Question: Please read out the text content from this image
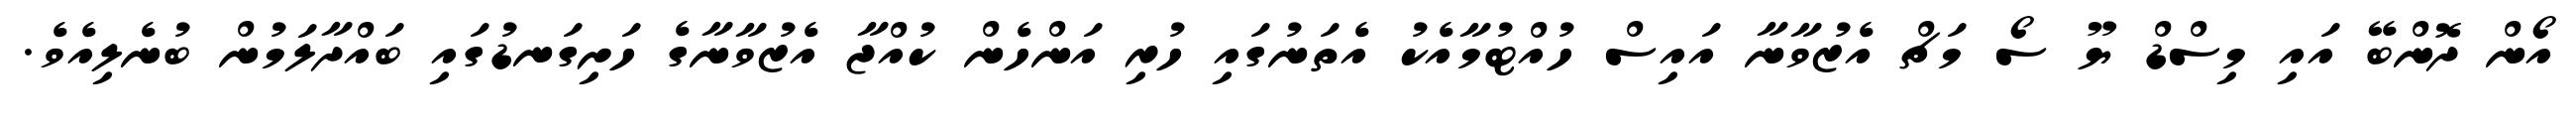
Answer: އޯން ދޮންބޭ އައި މިސްޑް ޔޫ ސޯ މަޗް އެޒުވާނާ އައިސް ހުއްޓުމާއެކު އެތަނުގައި ހުރި އަންހެން ކުއްޖާ އެޒުވާނާގެ ހަށިގަނޑުގައި ބައްދާލަމުން ބުނެލިއެވެ.